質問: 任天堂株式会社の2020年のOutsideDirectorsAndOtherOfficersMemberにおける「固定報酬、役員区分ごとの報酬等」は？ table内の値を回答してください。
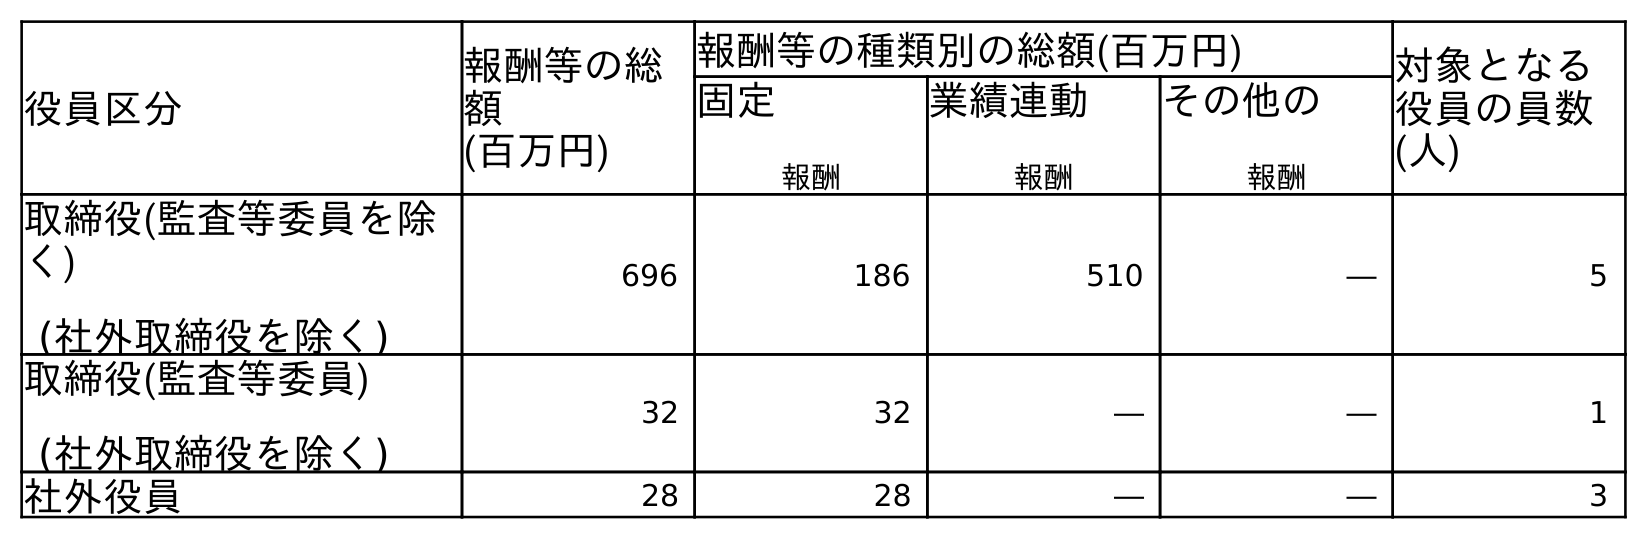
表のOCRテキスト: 役員区分 報酬等の総 額 (百万円) 報酬等の種類別の総額(百万円) 対象となる 役員の員数 (人) 固定 報酬 業績連動 報酬 その他の 報酬 取締役(監査等委員を除 く) (社外取締役を除く) 696 186 510 ― 5 取締役(監査等委員) (社外取締役を除く) 32 32 ― ― 1 社外役員 28 28 ― ― 3
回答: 28